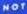
NOT